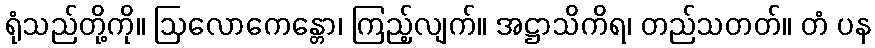
ရုံသည်တို့ကို။ ဩလောကေန္တော၊ ကြည့်လျက်။ အဋ္ဌာသိကိရ၊ တည်သတတ်။ တံ ပန